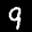
Label: 9